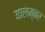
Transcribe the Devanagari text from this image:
यालम्बर